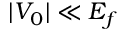
| V _ { 0 } | \ll E _ { f }